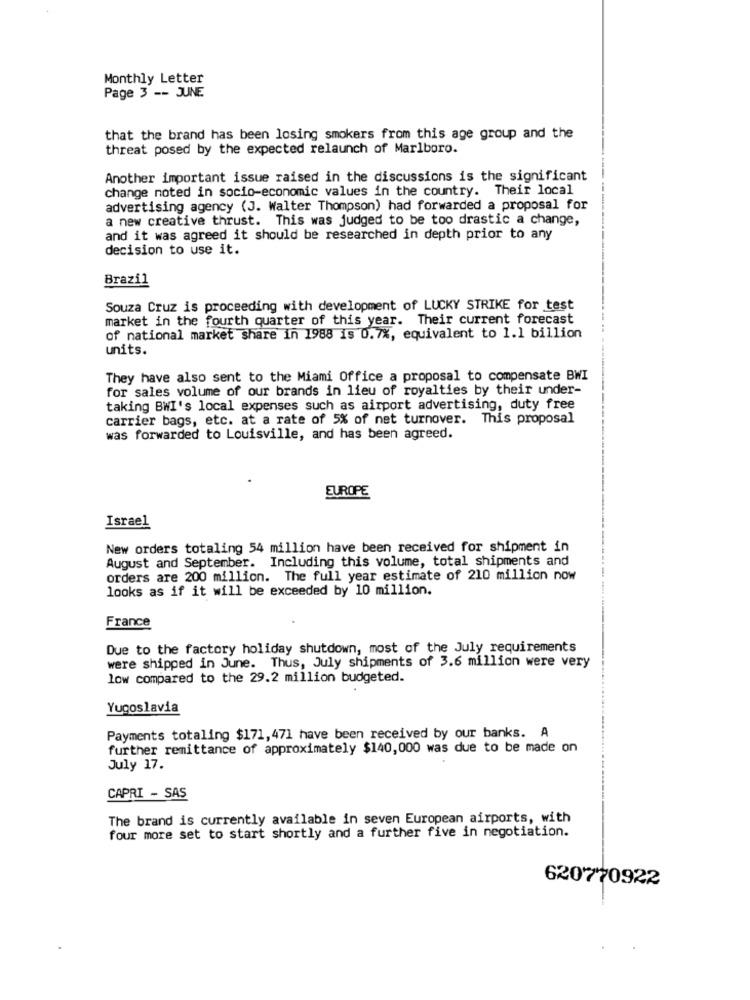
Monthly Letter
Page 3 -- JUNE
that the brand has been losing smokers from this age group and the
threat posed by the expected relaunch of Marlboro.
Another important issue raised in the discussions is the significant
change noted in socio-economic values in the country. Their local
advertising agency (J. Walter Thompson) had forwarded a proposal for
a new creative thrust. This was judged to be too drastic a change,
and it was agreed it should be researched in depth prior to any
decision to use it.
Brazil
Souza Cruz is proceeding with development of LUCKY STRIKE for test
market in the fourth quarter of this year. Their current forecast
of national market share in 1988 is 0.7%, equivalent to 1.1 billion
units.
They have also sent to the Miami Office a proposal to compensate BWI
for sales volume of our brands in lieu of royalties by their under-
taking BWI's local expenses such as airport advertising, duty free
carrier bags, etc. at a rate of 5% of net turnover. This proposal
was forwarded to Louisville, and has been agreed.
EUROPE
Israel
New orders totaling 54 million have been received for shipment in
August and September. Including this volume, total shipments and
orders are 200 million. The full year estimate of 210 million now
looks as if it will be exceeded by 10 million.
France
Due to the factory holiday shutdown, most of the July requirements
were shipped in June. Thus, July shipments of 3.6 million were very
low compared to the 29.2 million budgeted.
Yugoslavia
Payments totaling $171, 471 have been received by our banks. A
further remittance of approximately $140,000 was due to be made on
July 17.
CAPRI - SAS
The brand is currently available in seven European airports, with
four more set to start shortly and a further five in negotiation.
620770922